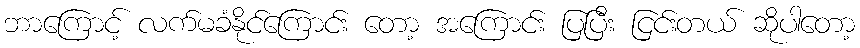
ဘာကြောင့် လက်မခံနိုင်ကြောင်း တော့ အကြောင်း ပြပြီး ငြင်းတယ် ဆိုပါတော့